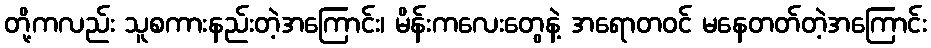
တို့ကလည်း သူစကားနည်းတဲ့အကြောင်း၊ မိန်းကလေးတွေနဲ့ အရောတဝင် မနေတတ်တဲ့အကြောင်း